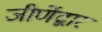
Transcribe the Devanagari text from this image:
जीर्णेद्वार